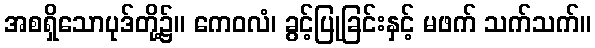
အစရှိသောပုဒ်တို့၌။ ကေဝလံ၊ ခွင့်ပြုခြင်းနှင့် မဖက် သက်သက်။